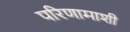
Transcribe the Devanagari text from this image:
परिणामाशी